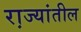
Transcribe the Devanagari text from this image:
रा़ज्यांतील